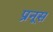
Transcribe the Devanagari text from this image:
प्रनूस